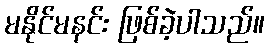
မနိုင်မနင်း ဖြစ်ခဲ့ပါသည်။